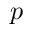
p